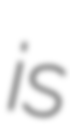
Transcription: is